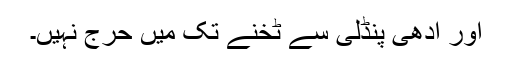
اور آدھی پنڈلی سے ٹخنے تک میں حرج نہیں۔